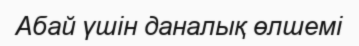
Абай үшін даналық өлшемі